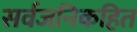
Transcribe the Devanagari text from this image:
सर्वजनिकहित